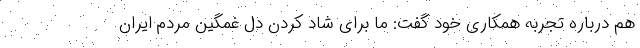
هم درباره تجربه همکاری خود گفت: ما برای شاد کردن دل غمگین مردم ایران